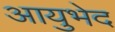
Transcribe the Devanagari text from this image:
आयुभेद